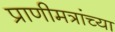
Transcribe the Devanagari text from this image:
प्राणीमत्रांच्या